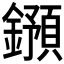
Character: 𨮌